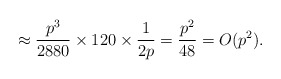
\begin{align*}\approx \frac{p^3}{2880} \times 120 \times \frac{1}{2p} = \frac{p^2}{48} = O(p^2).\end{align*}